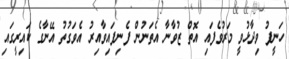
ހަނީފު ވިދާޅުވީ މަރުވެފައި އޮތް ޒުވާނާ އެތަނުން ފެނިފައިވާއިރު އެވަގުތު އޭނާގެ ކައިރީގައި